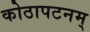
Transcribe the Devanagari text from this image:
कोठापटनम्